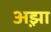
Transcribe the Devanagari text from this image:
अझ़ा